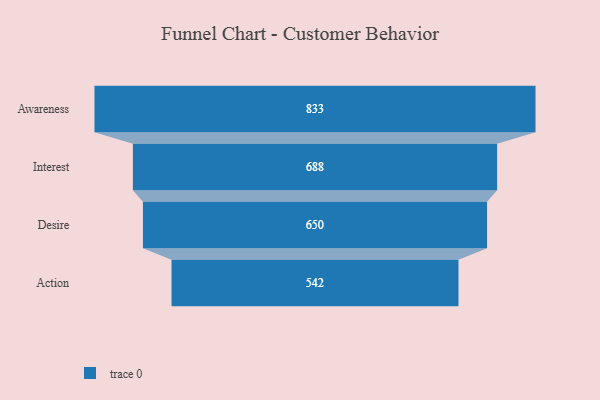
{"axis": {"x": "Stage", "y": "Value"}, "legend": [""], "data": [{"x": "Awareness", "y": 833.0, "type": ""}, {"x": "Interest", "y": 688.0, "type": ""}, {"x": "Desire", "y": 650.0, "type": ""}, {"x": "Action", "y": 542.0, "type": ""}]}